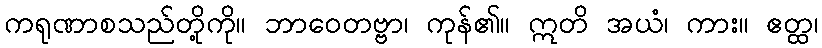
ကရုဏာစသည်တို့ကို။ ဘာဝေတဗ္ဗာ၊ ကုန်၏။ ဣတိ အယံ၊ ကား။ ဧတ္ထ၊